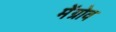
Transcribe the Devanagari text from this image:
मेंग्रोव